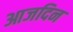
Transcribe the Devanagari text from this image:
आजदिन